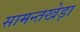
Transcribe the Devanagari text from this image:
सामन्तखेड़ा